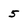
Character: 5